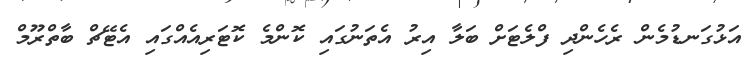
އަޅުގަނޑުމެން ރެހެންދި ފްލެޓަށް ބަލާ އިރު އެތަނުގައި ކޮންމެ ކޮޓަރިއެއްގައި އެޓޭޗް ބާތްރޫމް